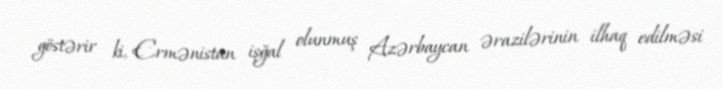
göstərir ki, Ermənistan işğal olunmuş Azərbaycan ərazilərinin ilhaq edilməsi